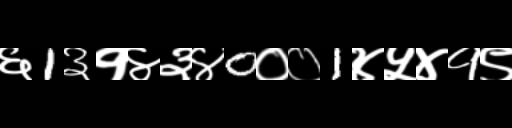
Text: ६1३१४३४0००1४५४१९